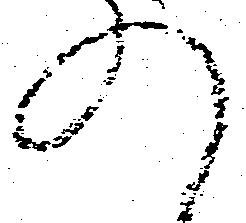
の